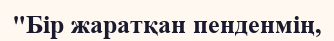
"Бір жаратқан пенденмің,